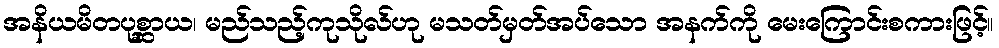
အနိယမိတပုစ္ဆာယ၊ မည်သည့်ကုသိုလ်ဟု မသတ်မှတ်အပ်သော အနက်ကို မေးကြောင်းစကားဖြင့်။